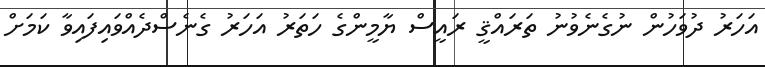
އަހަރު ދުވަހުން ނުގެނެވުނު ތަރައްޤީ ރައީސް ޔާމީންގެ ހަތަރު އަހަރު ގެނެސްދެއްވައިފައިވާ ކަމަށް